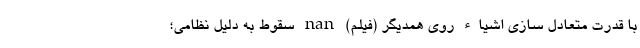
با قدرت متعادل سازی اشیاء روی همدیگر (فیلم) nan سقوط به دلیل نظامی؛